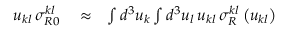
\begin{array} { r l r } { u _ { k l } \, \sigma _ { R 0 } ^ { k l } } & { { } \approx } & { \int d ^ { 3 } u _ { k } \int d ^ { 3 } u _ { l } \, u _ { k l } \, \sigma _ { R } ^ { k l } \left( u _ { k l } \right) } \end{array}